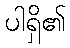
ပါရှိ၏